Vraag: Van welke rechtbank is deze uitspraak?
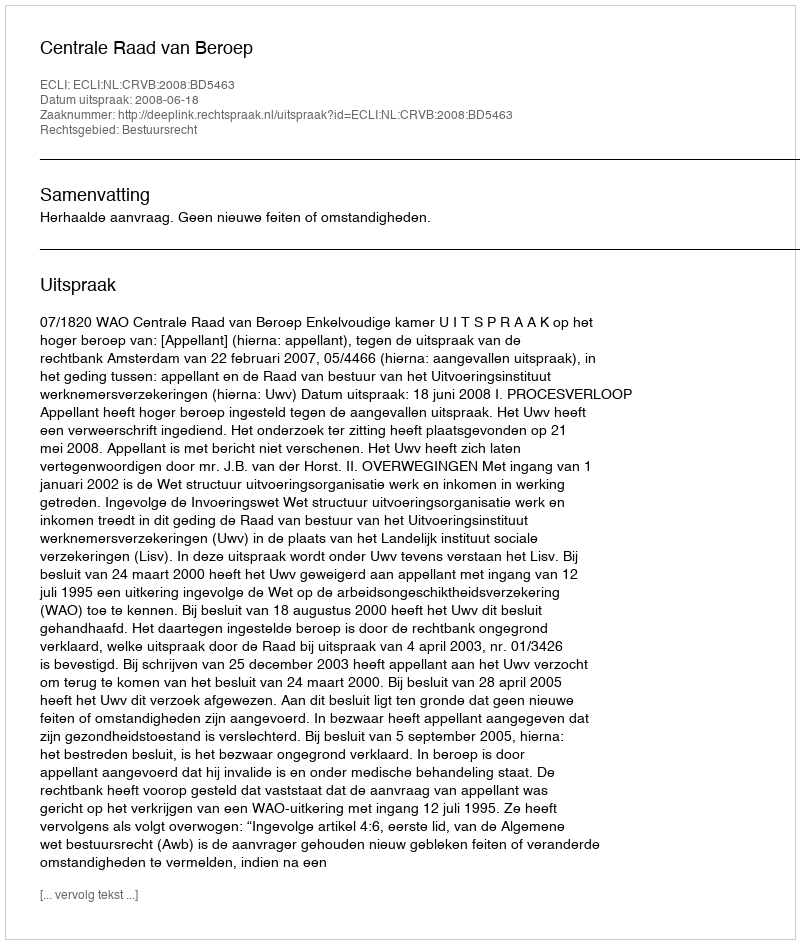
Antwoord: Centrale Raad van Beroep